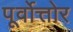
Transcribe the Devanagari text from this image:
पूर्वोत्तोर